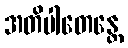
အတိပါတေန္တေ